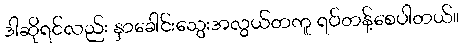
ဒါဆိုရင်လည်း နှာခေါင်းသွေးအလွယ်တကူ ရပ်တန့်စေပါတယ်။